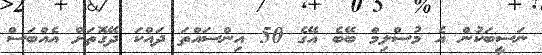
ނަސީބަކުން އެ މުސްލިމް ބޭބެ އޭގެ 50 އިންސައްތަ ދައްކަ ދޭގޮތަށް އެއްބަސް